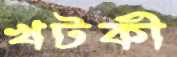
খটকী